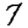
Digit: 7